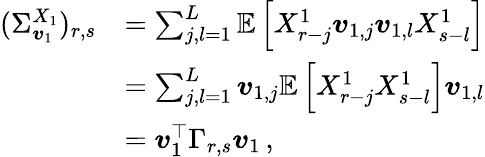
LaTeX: \begin{array}{rl}{(\Sigma_{\boldsymbol{v}_{1}}^{X_{1}})_{r,s}}&{=\sum_{j,l=1}^{L}\mathbb E\left[X_{r-j}^{1}\boldsymbol{v}_{1,j}\boldsymbol{v}_{1,l}X_{s-l}^{1}\right]}\\ &{=\sum_{j,l=1}^{L}\boldsymbol{v}_{1,j}\mathbb E\left[X_{r-j}^{1}X_{s-l}^{1}\right]\boldsymbol{v}_{1,l}}\\ &{=\boldsymbol{v}_{1}^{\top}\Gamma_{r,s}\boldsymbol{v}_{1}\, ,}\end{array}